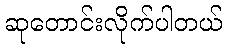
ဆုတောင်းလိုက်ပါတယ်